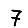
Digit: 7